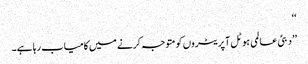
‘‘
’’دبئی عالمی ہوٹل آپریٹروں کو متوجہ کرنے میں کامیاب رہا ہے۔